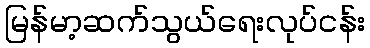
မြန်မာ့ဆက်သွယ်ရေးလုပ်ငန်း